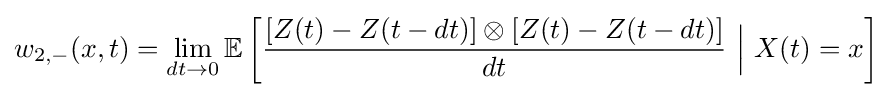
w_{2,-}(x,t)=\lim _{dt\rightarrow 0}\mathbb {E} \left[{\frac {[Z(t)-Z(t-dt)]\otimes [Z(t)-Z(t-dt)]}{dt}}\ {\Big |}\ X(t)=x\right]